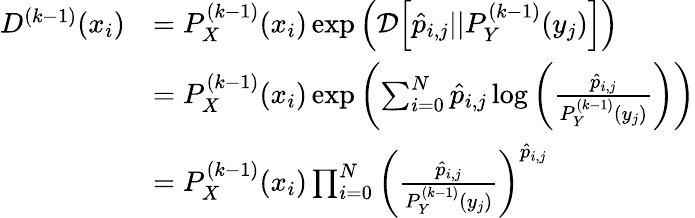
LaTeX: \begin{array}{rl}{D^{(k-1)}(x_{i})}&{=P_{X}^{(k-1)}(x_{i})\exp\left({\mathcal{D}\Big[\hat{p}_{i,j}||P_{Y}^{(k-1)}(y_{j})\Big]}\right)}\\ &{=P_{X}^{(k-1)}(x_{i})\exp\left(\sum_{i=0}^{N}\hat{p}_{i,j}\log\left(\frac{\hat{p}_{i,j}}{P_{Y}^{(k-1)}(y_{j})}\right)\right)}\\ &{=P_{X}^{(k-1)}(x_{i})\prod_{i=0}^{N}\left(\frac{\hat{p}_{i,j}}{P_{Y}^{(k-1)}(y_{j})}\right)^{\hat{p}_{i,j}}}\end{array}